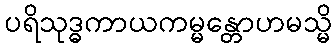
ပရိသုဒ္ဓကာယကမ္မန္တောဟမသ္မိ